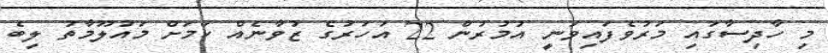
މި ހާދިސާގައި މަރުވެފައިވަނީ އުމުރުން 22 އަހަރުގެ ޒުވާނެއް ކަމަށް މައުލޫމާތު ލިބެ